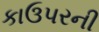
કાઉપરની